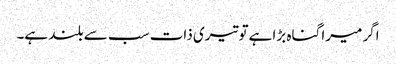
اگر میرا گناہ بڑا ہےتو تیری ذات سب سے بلند ہے۔